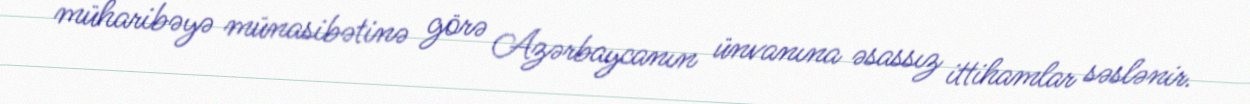
müharibəyə münasibətinə görə Azərbaycanın ünvanına əsassız ittihamlar səslənir.